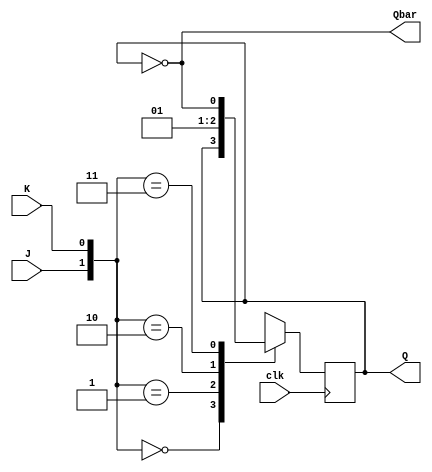
module JK_FlipFlop
(
	input clk,
	input J,
	input K,
	output reg Q,
	output Qbar
);

assign Qbar = ~Q;

always @(posedge clk)
begin
	case({J,K}) //   
		2'b00 : Q <= Q;
		2'b01 : Q <= 1'b0;
		2'b10 : Q <= 1'b1;
		2'b11 : Q <= ~Q;
		
		default : Q <= 1'b0;
	endcase
end

endmodule